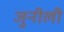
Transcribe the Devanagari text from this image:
जुनीली